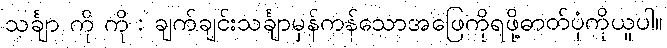
သင်္ချာ ကို ကို : ချက်ချင်းသင်္ချာမှန်ကန်သောအဖြေကိုရဖို့ဓာတ်ပုံကိုယူပါ။